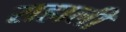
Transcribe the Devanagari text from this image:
राहाली